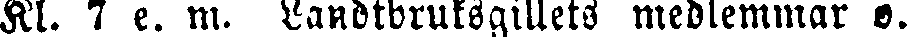
Kl. 7 e. m. Landtbruksgillets medlemmar o.